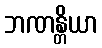
ဘဏန္တိယာ